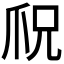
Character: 𪺎